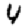
Digit: 4